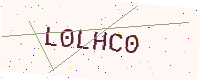
Text: L0LHC0